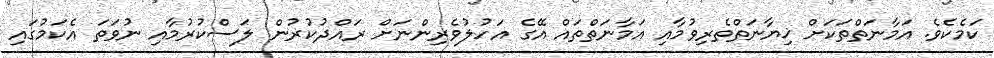
ކަމެކެވެ. އަމާނަތްތަކަށް ޚިޔާނަތްތެރިވުމާއި އަމާނަތްތައް އޭގެ އަހުލުވެރިންނަށް ރައްދުކުރުން ލަސްކުރުމާއި ނުވަތަ އެކަމުގައި